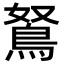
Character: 鴑